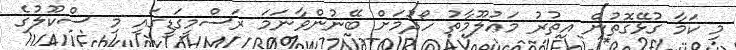
މި ކަމާ ގުޅޭގޮތުން އިތުރު މަޢުލޫމާތު ހޯދުމަށް ބޭނުންވާނަމަ ރަސްމީގަޑީގައި މި ސްކޫލުގެ